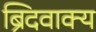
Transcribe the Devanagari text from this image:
ब्रिदवाक्य